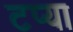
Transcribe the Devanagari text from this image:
टप्या